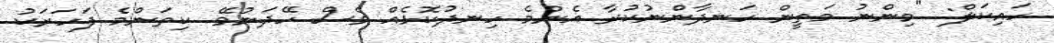
ހައިކަލް: "މިންނު މަތީން ހަނދާންނުކުރާ އެންމެ ހިނދުކޮޅެއް ވެސް ހޭދަނުވޭ. ކިތަންމެ ފަހަރަކު